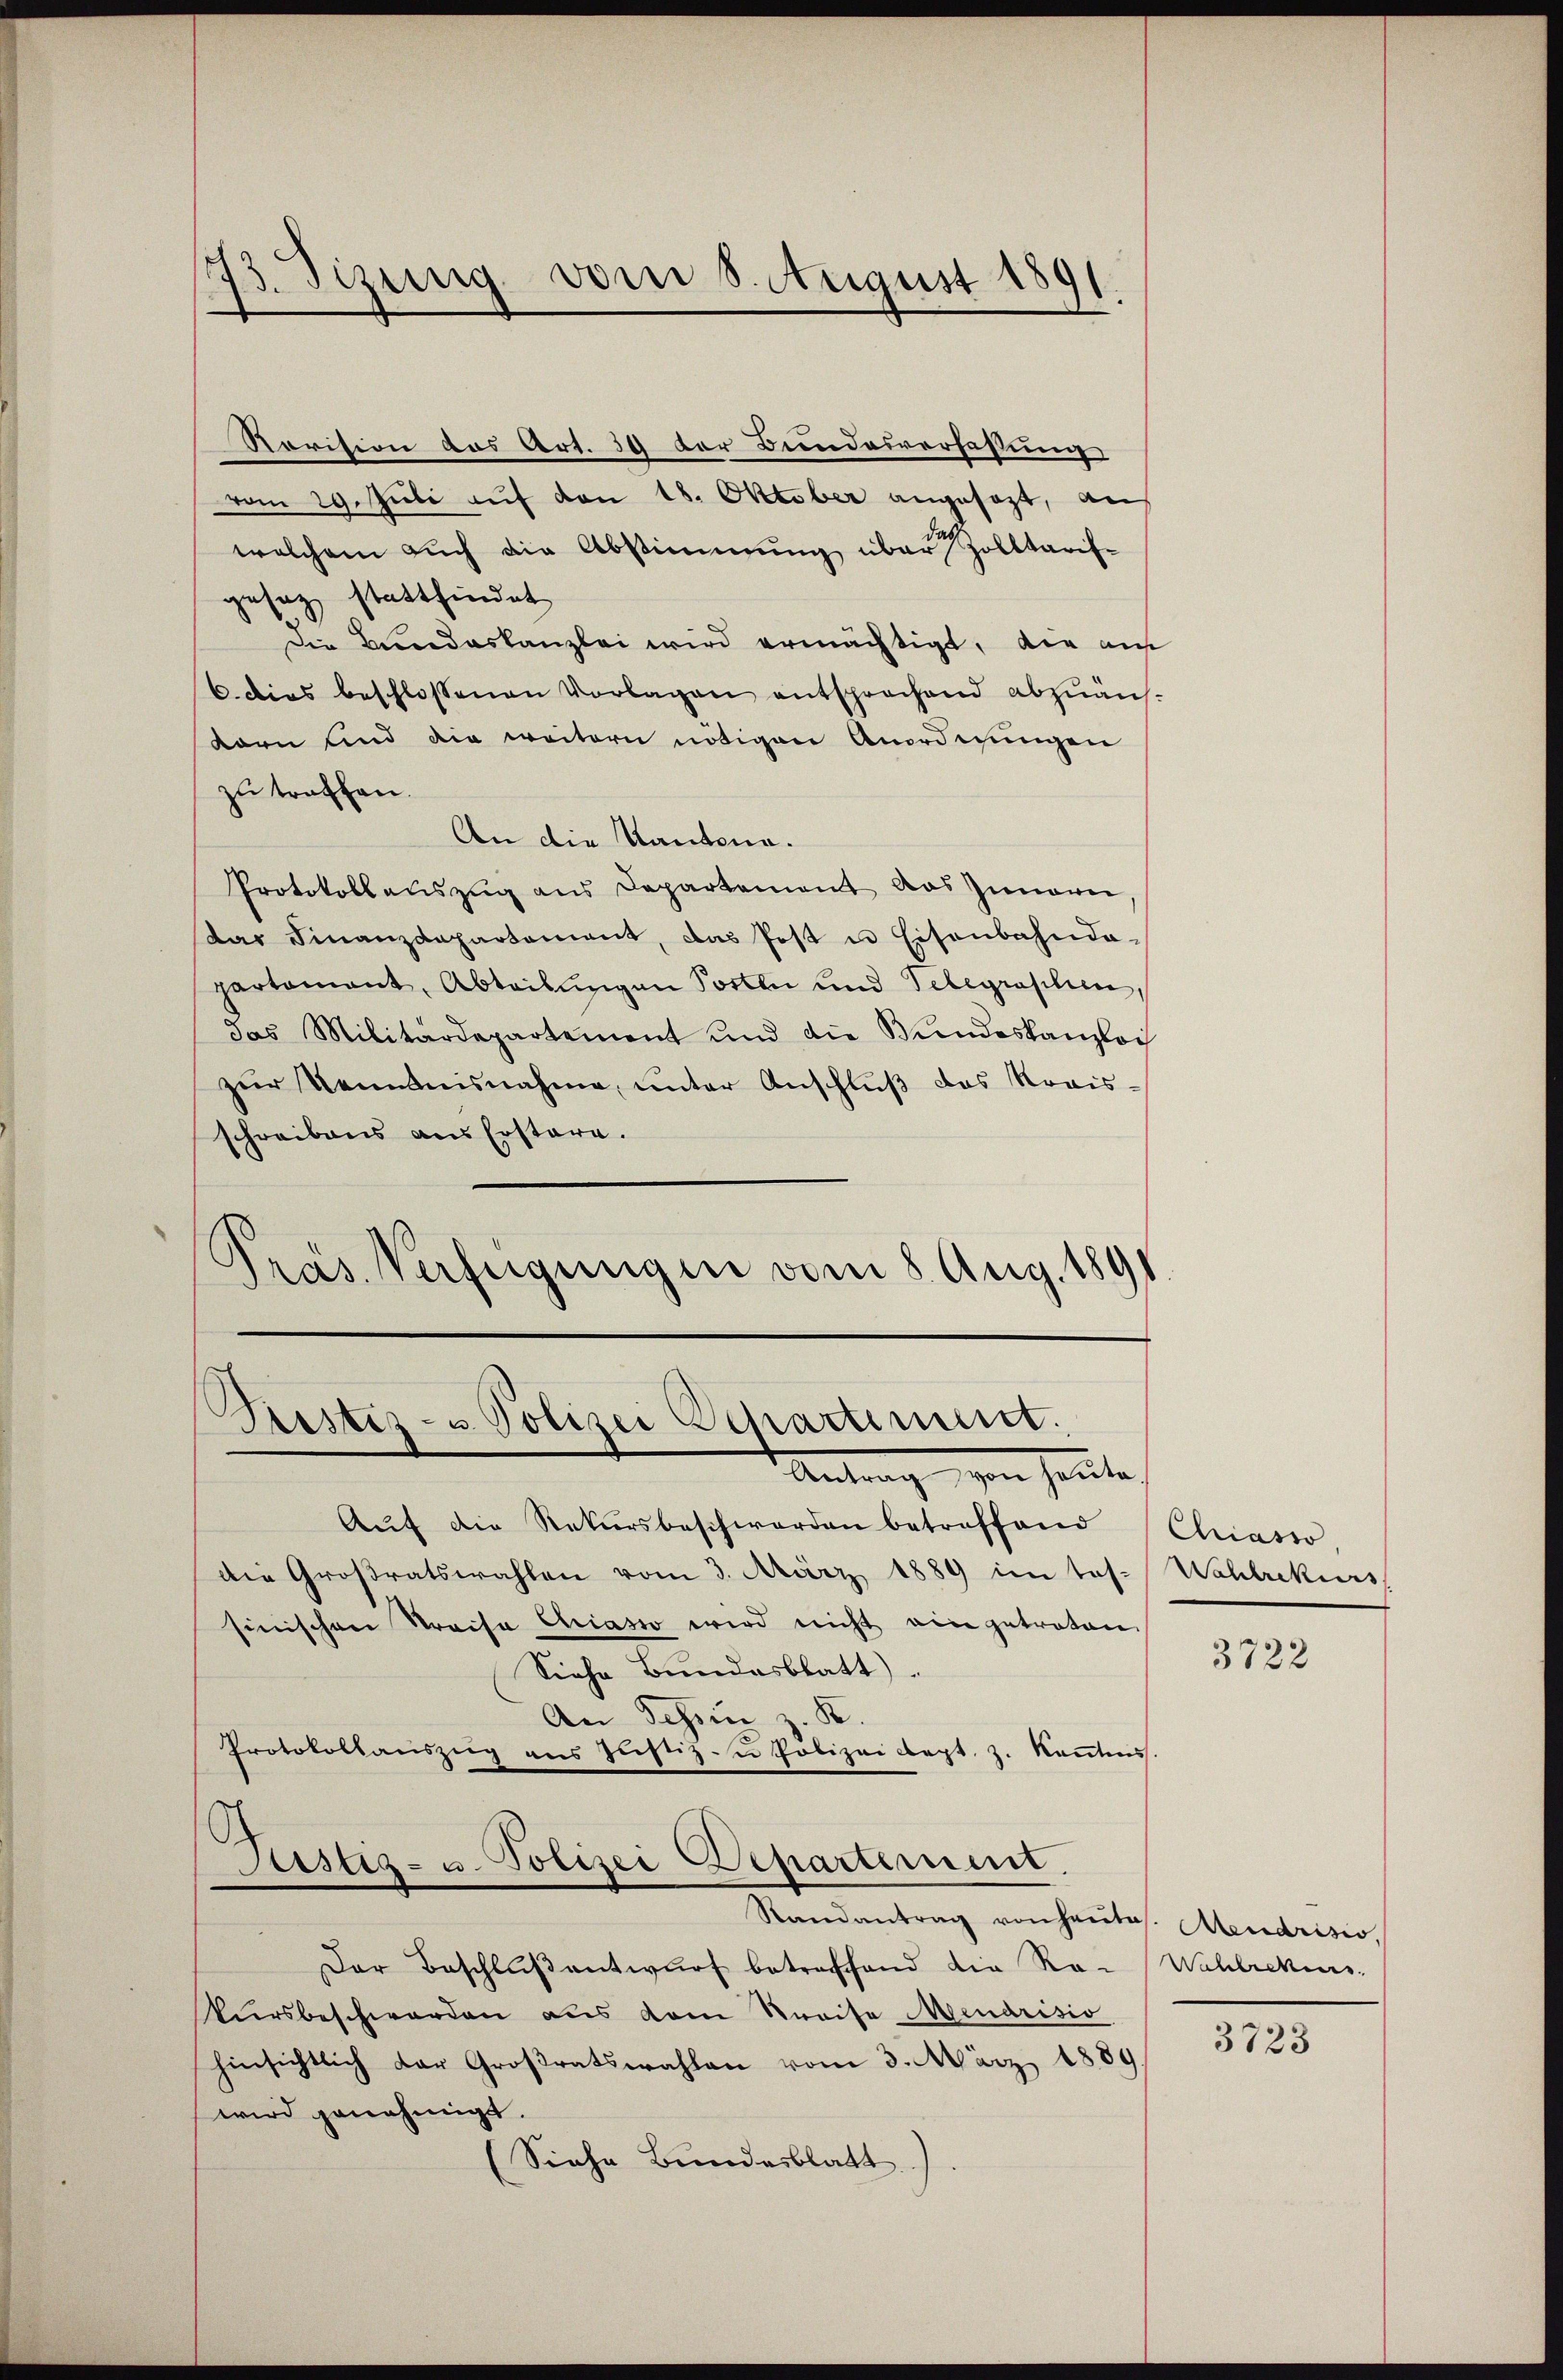
Rovision des Art. 39 der Bundesverfassung
vom 29. Juli auf von 18. Oktober angesezt, aus
welchem Aŭch die Abstimmung über Zolltarif-
gesag stattfindet
die Bundeskanzlei wird ermächtigt, die au
6. dies beschlossenen Vorlagen entsprochend abzuäns-
korn und die weitern nötigen Anordnungen
zu treffen.
An die Kantone.
Protokoll aŭszŭg ans Departement das Zunare,
das Finanzdepartement, das Post u. Eisenbahndapartament, Abteilungen Posten und Telegraphien
das Militärdepartement und die Bŭndeskanzloi
zŭr Kenntnisnahme, unter Anschlŭβ das Kraisschreibens aus Erstare.
Pras. Verfügungen vom 8. Aug. 1891

13. Tizung vom 8. August 1891.
d

Sistiz- u Polizei Departiment.
Antrag von heute.

Aŭf die Rekursbeschwerden betreffend (Chiasso,
die Großratswahlen vom 3. März 1889 im Jos. Wahlrekurs
sinischen Kreise Chiasso wird nicht ein getreten
Siehe Bundesblatt)
Aei Schein z. K.
Protokollanszeig ans Jŭstiz- u Polizeiklept. z. Kantens.
Justiz- u. Polizei Departement.
Randantrag von heute. Abendrisio,
Der Beschlŭβ antwurf betreffend die Ro-Wahlrekurs-
Virsbeschwerden aus dem Kreise Mendrisio
hinsichtlich der Großratswahlen vom 3. März 1889
wird genehmigt.
Siehe Bundesblatt).

o

3722

3723